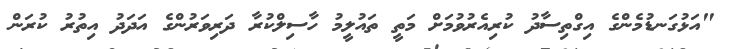
"އަޅުގަނޑުމެންގެ އިގްތިސާދު ކުރިއެރުވުމަށް މަތީ ތައުލީމު ހާސިލްކުރާ ދަރިވަރުންގެ އަދަދު އިތުރު ކުރަން